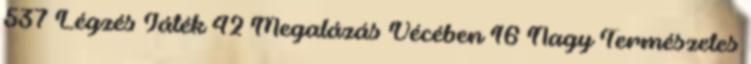
537 Légzés Játék 42 Megalázás Vécében 16 Nagy Természetes